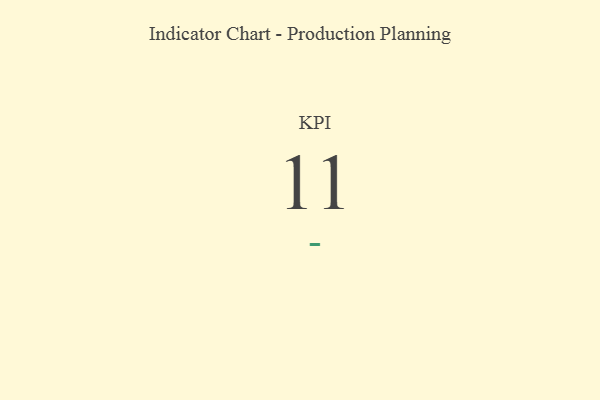
{"axis": {"x": "KPI", "y": "Value"}, "legend": [""], "data": [{"x": "KPI", "y": 11, "type": ""}]}